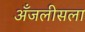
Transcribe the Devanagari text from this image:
अँजलीसला